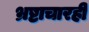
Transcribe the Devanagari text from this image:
भ्रष्टाचारही